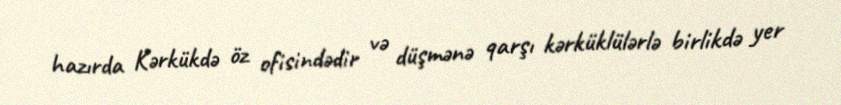
hazırda Kərkükdə öz ofisindədir və düşmənə qarşı kərküklülərlə birlikdə yer